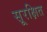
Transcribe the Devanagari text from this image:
सूरक्षित